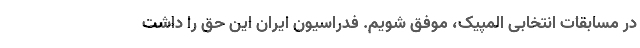
در مسابقات انتخابی المپیک، موفق شویم. فدراسیون ایران این حق را داشت